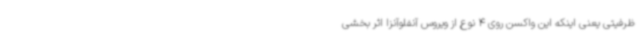
ظرفیتی یعنی اینکه این واکسن روی 4 نوع از ویروس آنفلوآنزا اثر بخشی